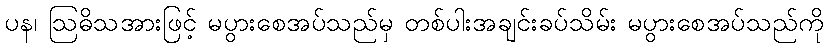
ပန၊ ဩဓိသအားဖြင့် မပွားစေအပ်သည်မှ တစ်ပါးအချင်းခပ်သိမ်း မပွားစေအပ်သည်ကို